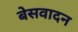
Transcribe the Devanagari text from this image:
बेसवादन